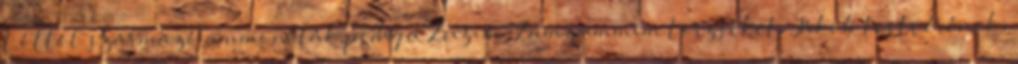
Lóttól származó ammoniták pedig a Zuzim Zamzummim törzseket. Jákob testvérének,